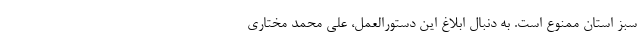
سبز استان ممنوع است. به دنبال ابلاغ این دستورالعمل، علی محمد مختاری